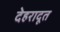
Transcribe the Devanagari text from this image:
देहरादूत